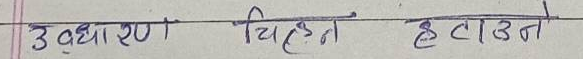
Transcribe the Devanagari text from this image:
उदाहरण चिन्ह हटाउन